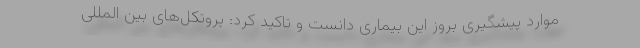
موارد پیشگیری بروز این بیماری دانست و تاکید کرد: پروتکل‌های بین المللی